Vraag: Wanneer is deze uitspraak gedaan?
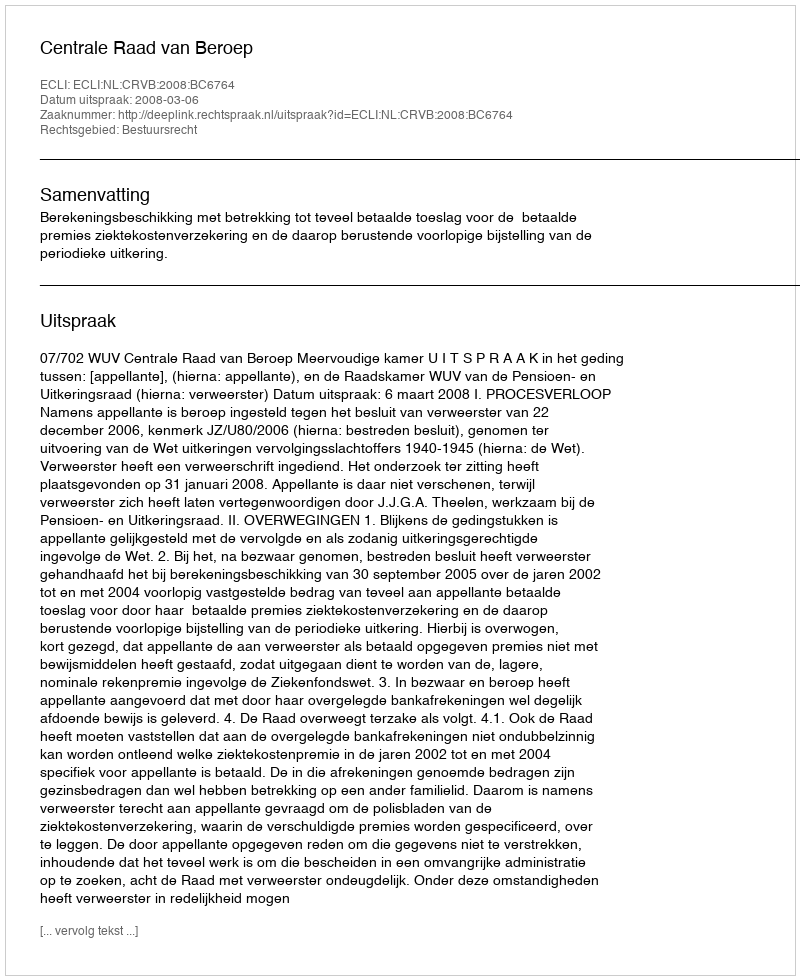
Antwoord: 2008-03-06